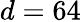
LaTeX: d=64